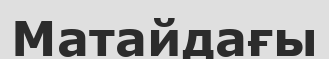
Матайдағы